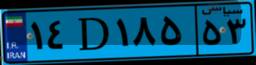
۱۴D۱۸۵۵۳